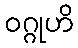
ဝဂ္ဂုဟိ